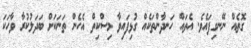
ގޮތެއް ނޭނގިފައެވެ. އެތައް ހަނދާންތަކެއް ގުޅިފައިވާ މިސްކިތް އެހެން ތަނަކަށް ބަދަލުކުރާ ވާހަކަ